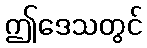
ဤဒေသတွင်